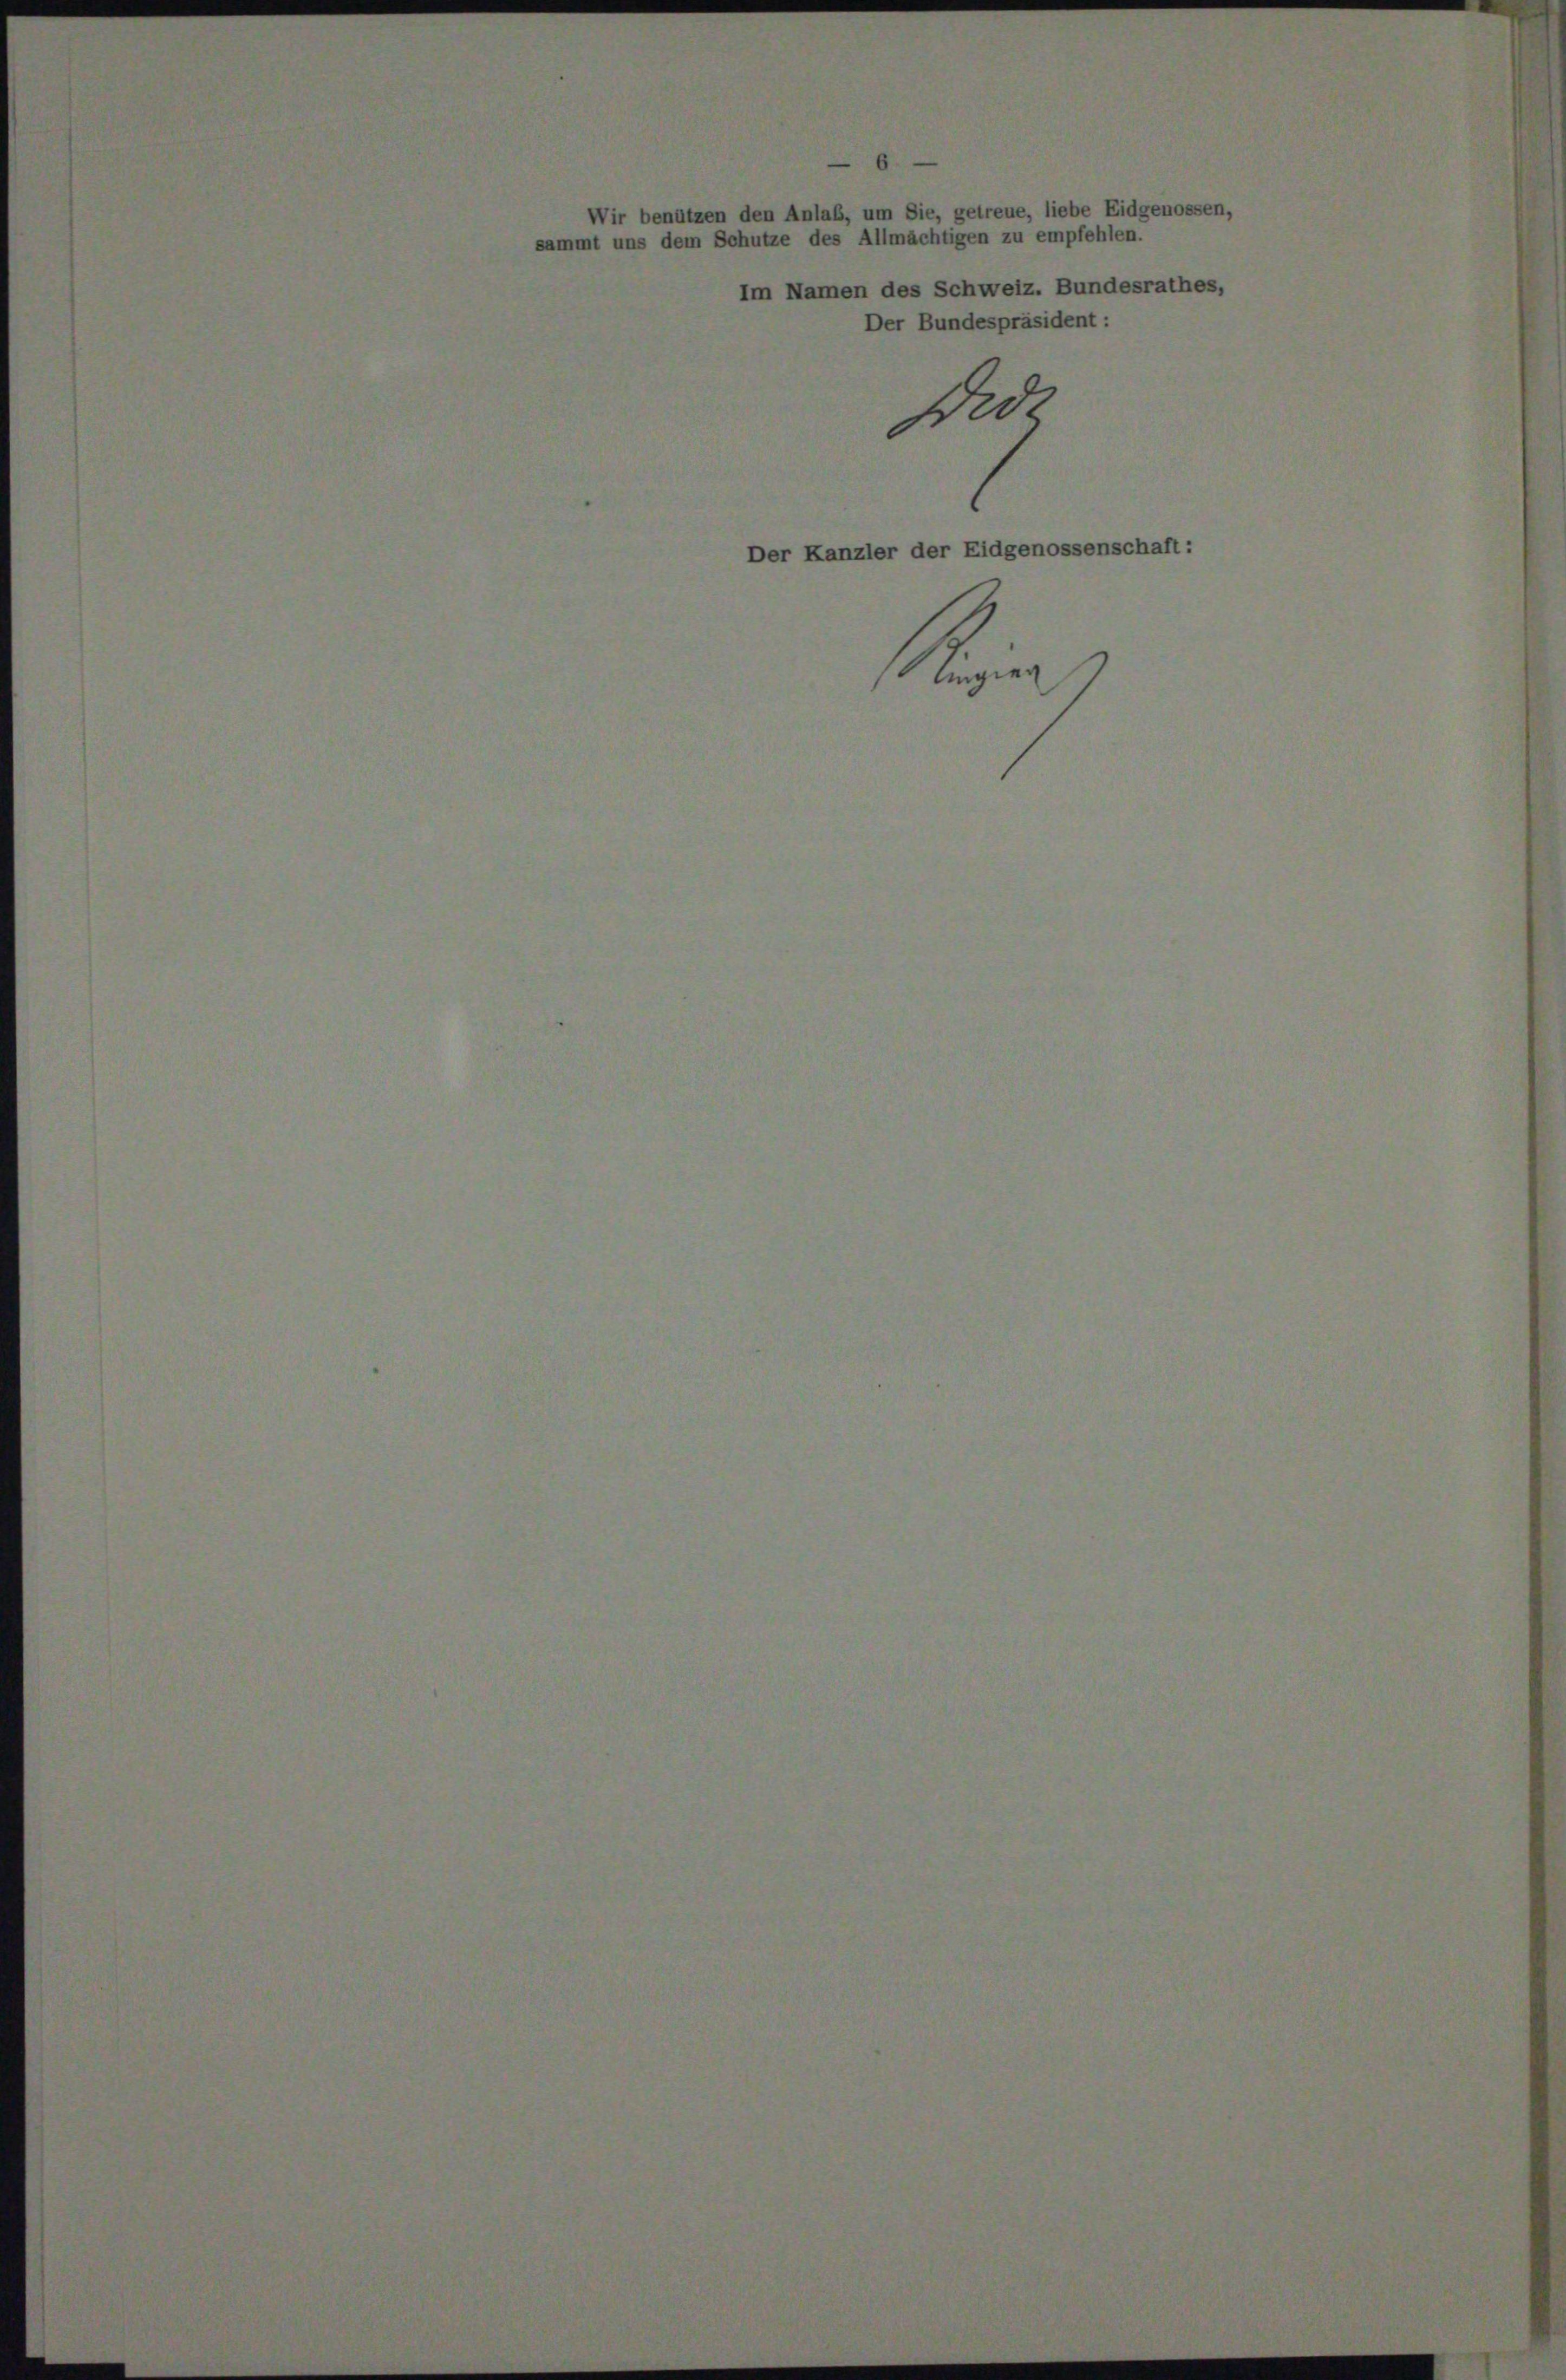
hweiz. B.
despräsider

Redt

ngier